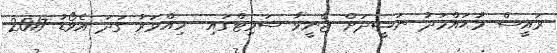
ރައީސް މުޙައްމަދު ނަޝީދަށް ޖެނީވާ ސަމިޓްގައި  ހިއްވަރު ގަދަ އެވޯޑު 2017